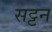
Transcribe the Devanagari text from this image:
सट्टन